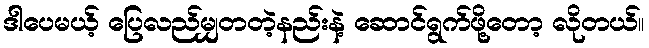
ဒါပေမယ့် ပြေလည်မျှတတဲ့နည်းနဲ့ ဆောင်ရွက်ဖို့တော့ လိုတယ်။